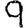
Digit: 9